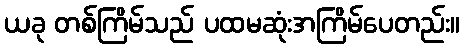
ယခု တစ်ကြိမ်သည် ပထမဆုံးအကြိမ်ပေတည်း။